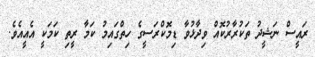
ރައީސް ނަޝީދު ތަކުރާރުކޮއް ވިދާޅުވާ ޑިމޮކްރަސީގެ ހިތްގައިމު ކަމާ ރީތި ކަމަކީ އެއީއެވެ.